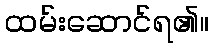
ထမ်းဆောင်ရ၏။